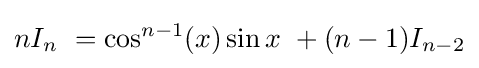
nI_{n}\ =\cos ^{n-1}(x)\sin x\ +(n-1)I_{n-2}